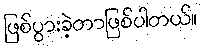
ဖြစ်ပွားခဲ့တာဖြစ်ပါတယ်။